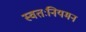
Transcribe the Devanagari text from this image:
स्वतःनियमन